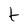
Character: t